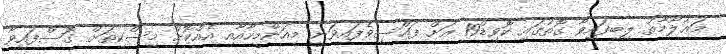
މަޢުލޫމާތު ލިބިފައިވާ ގޮތުގައި ކޮވިޑް19 އަށް ފައްސިވެފައިވަނީ މިއަންމީހާއާއި އެއްކޮށް މިސްކިތަށް ގޮސްފައިވާ